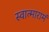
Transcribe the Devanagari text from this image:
स्वात्मारामं